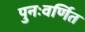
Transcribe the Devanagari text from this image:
पुनःवर्णित